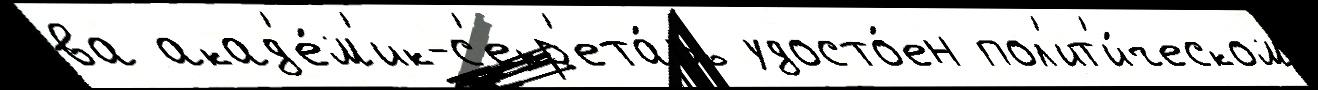
ва акад'е́м'ик-с'екр'ета́рь удосто́ен пол'ит'и́ческом